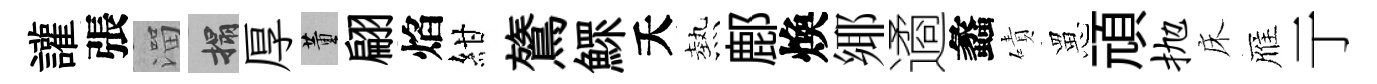
讙張溜搨厚董翩焰紺鷟鰥夭熱鄜煥鄊遹蠡磧罳頑抛床雁亍